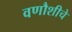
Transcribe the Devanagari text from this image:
वणौशीचे